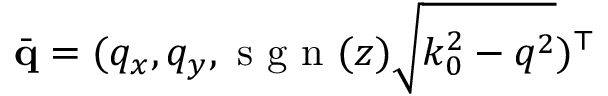
\bar { \mathbf { q } } = ( q _ { x } , q _ { y } , \mathrm { ~ s ~ g ~ n ~ } ( z ) \sqrt { k _ { 0 } ^ { 2 } - q ^ { 2 } } ) ^ { \top }